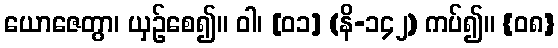
ယောဇေတွာ၊ ယှဉ်စေ၍။ ဝါ၊ [၀၁] (နိ-၁၄၂) ကပ်၍။ {၀၈}